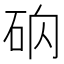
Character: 𥑚